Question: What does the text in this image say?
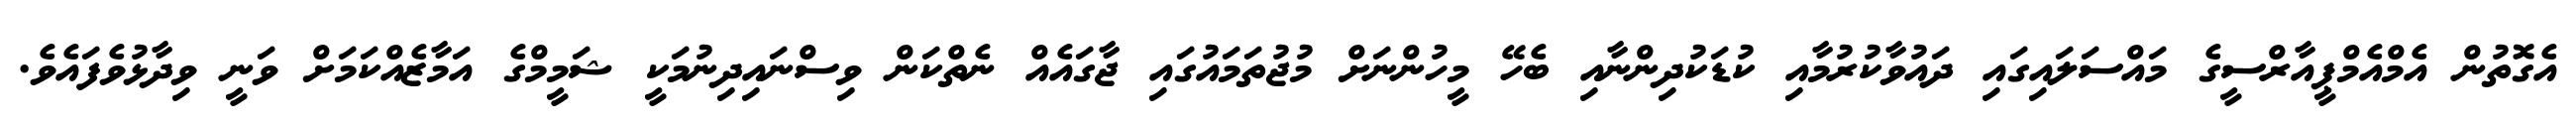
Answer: އެގޮތުން އެމްއެމްޕީއާރްސީގެ މައްސަލައިގައި ދައުވާކުރުމާއި ކުޑަކުދިންނާއި ބެހޭ މީހުންނަށް މުޖުތަމައުގައި ޖާގައެއް ނެތްކަން ވިސްނައިދިނުމަކީ ޝަމީމްގެ އަމާޒެއްކަމަށް ވަނީ ވިދާޅުވެފައެވެ.